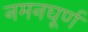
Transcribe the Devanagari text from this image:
नमनघूर्ण